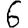
Digit: 6